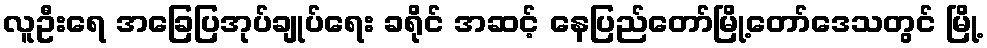
လူဦးရေ အခြေပြအုပ်ချုပ်ရေး ခရိုင် အဆင့် နေပြည်တော်မြို့တော်ဒေသတွင် မြို့